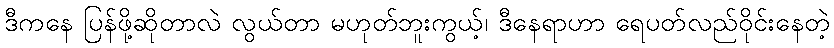
ဒီကနေ ပြန်ဖို့ဆိုတာလဲ လွယ်တာ မဟုတ်ဘူးကွယ့်၊ ဒီနေရာဟာ ရေပတ်လည်ဝိုင်းနေတဲ့